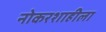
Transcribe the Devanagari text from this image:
नोकरशाहीला